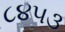
૮૪૫૩